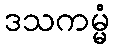
ဒသကမ္မံ